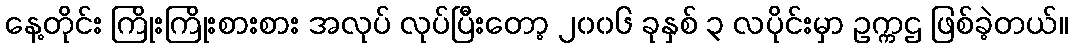
နေ့တိုင်း ကြိုးကြိုးစားစား အလုပ် လုပ်ပြီးတော့ ၂၀၀၆ ခုနှစ် ၃ လပိုင်းမှာ ဥက္ကဌ ဖြစ်ခဲ့တယ်။